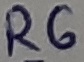
Text: R6